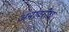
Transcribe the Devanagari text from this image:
अनावरोध